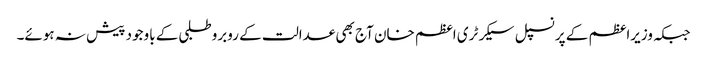
جبکہ وزیراعظم کے پرنسپل سیکرٹری اعظم خان آج بھی عدالت کے روبرو طلبی کے باوجود پیش نہ ہوئے۔